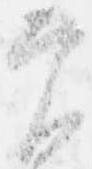
実